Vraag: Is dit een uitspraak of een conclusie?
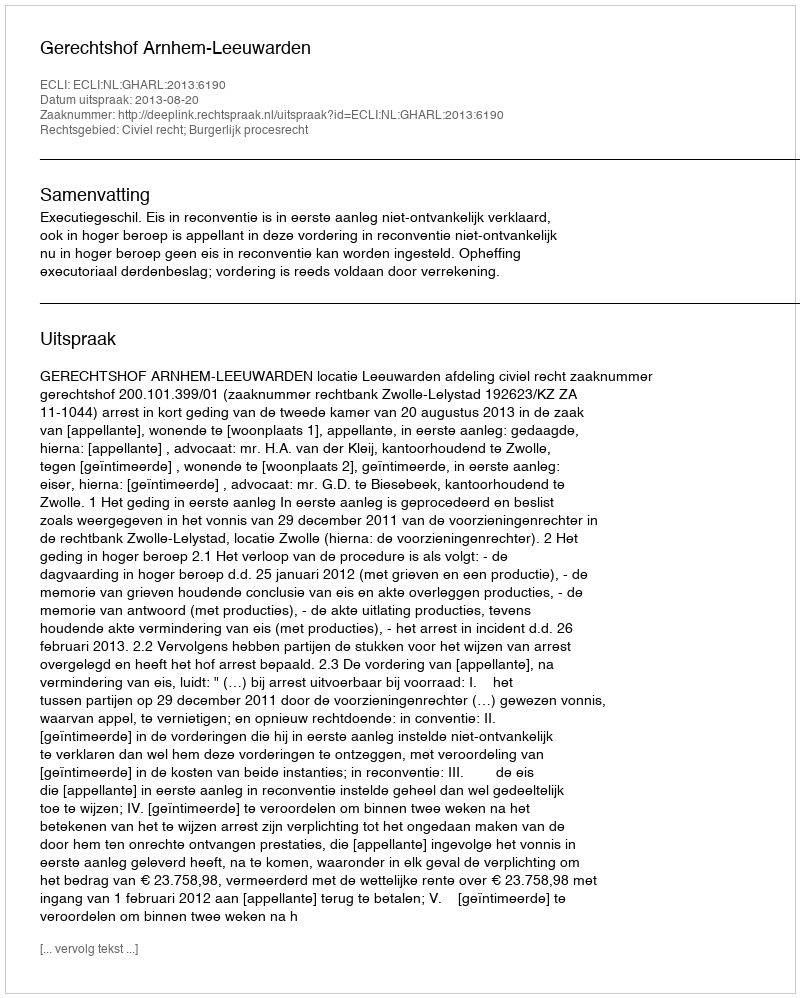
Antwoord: Uitspraak